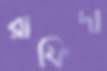
রাফিদা